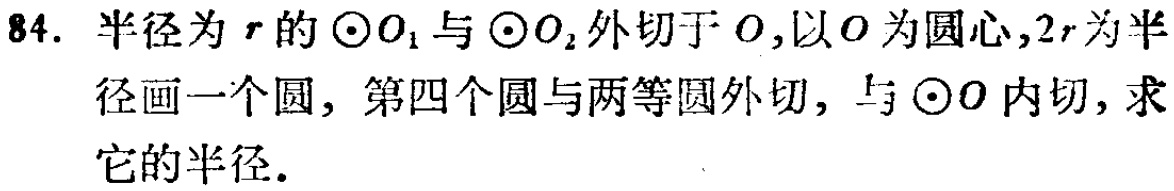
84. 半径为\(r\)的\(\odot O_{1}\)与\(\odot O_{2}\)外切于\(O\),以\(O\)为圆心,\(2r\)为半径画一个圆，第四个圆与两等圆外切，与\(\odot O\)内切，求它的半径.